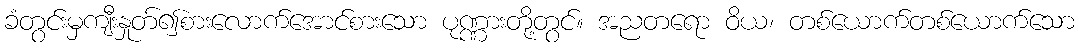
ခံတွင်းမှကျီးနှုတ်၍စားလောက်အောင်စားသော ပုဏ္ဏားတို့တွင်။ အညတရော ဝိယ၊ တစ်ယောက်တစ်ယောက်သော